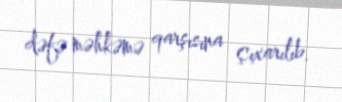
dəfə məhkəmə qarşısına çıxarılıb.